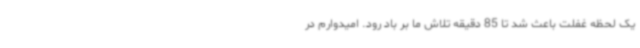
یک لحظه غفلت باعث شد تا 85 دقیقه تلاش ما بر باد رود. امیدوارم در